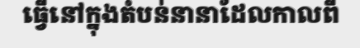
ធ្វើនៅក្នុងតំបន់នានាដែលកាលពី